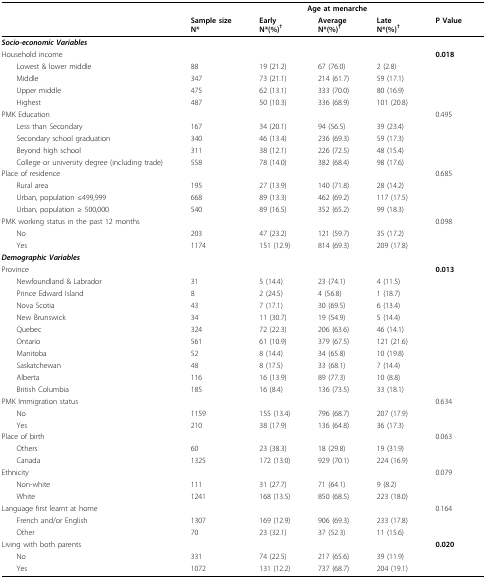
<table><thead><tr><td></td><td colspan="5"><b>Age at menarche</b></td></tr><tr><td></td><td><b>Sample sizeN*</b></td><td><b>EarlyN*(%)<sup>†</sup></b></td><td><b>AverageN*(%)<sup>†</sup></b></td><td><b>LateN*(%)<sup>†</sup></b></td><td><b>P Value</b></td></tr></thead><tbody><tr><td><b><i>Socio-economic Variables</i></b></td><td></td><td></td><td></td><td></td><td></td></tr><tr><td>Household income</td><td></td><td></td><td></td><td></td><td><b>0.018</b></td></tr><tr><td> Lowest &amp; lower middle</td><td>88</td><td>19 (21.2)</td><td>67 (76.0)</td><td>2 (2.8)</td><td></td></tr><tr><td> Middle</td><td>347</td><td>73 (21.1)</td><td>214 (61.7)</td><td>59 (17.1)</td><td></td></tr><tr><td> Upper middle</td><td>475</td><td>62 (13.1)</td><td>333 (70.0)</td><td>80 (16.9)</td><td></td></tr><tr><td> Highest</td><td>487</td><td>50 (10.3)</td><td>336 (68.9)</td><td>101 (20.8)</td><td></td></tr><tr><td>PMK Education</td><td></td><td></td><td></td><td></td><td>0.495</td></tr><tr><td> Less than Secondary</td><td>167</td><td>34 (20.1)</td><td>94 (56.5)</td><td>39 (23.4)</td><td></td></tr><tr><td> Secondary school graduation</td><td>340</td><td>46 (13.4)</td><td>236 (69.3)</td><td>59 (17.3)</td><td></td></tr><tr><td> Beyond high school</td><td>311</td><td>38 (12.1)</td><td>226 (72.5)</td><td>48 (15.4)</td><td></td></tr><tr><td> College or university degree (including trade)</td><td>558</td><td>78 (14.0)</td><td>382 (68.4)</td><td>98 (17.6)</td><td></td></tr><tr><td>Place of residence</td><td></td><td></td><td></td><td></td><td>0.685</td></tr><tr><td> Rural area</td><td>195</td><td>27 (13.9)</td><td>140 (71.8)</td><td>28 (14.2)</td><td></td></tr><tr><td> Urban, population ≤499,999</td><td>668</td><td>89 (13.3)</td><td>462 (69.2)</td><td>117 (17.5)</td><td></td></tr><tr><td> Urban, population ≥ 500,000</td><td>540</td><td>89 (16.5)</td><td>352 (65.2)</td><td>99 (18.3)</td><td></td></tr><tr><td>PMK working status in the past 12 months</td><td></td><td></td><td></td><td></td><td>0.098</td></tr><tr><td> No</td><td>203</td><td>47 (23.2)</td><td>121 (59.7)</td><td>35 (17.2)</td><td></td></tr><tr><td> Yes</td><td>1174</td><td>151 (12.9)</td><td>814 (69.3)</td><td>209 (17.8)</td><td></td></tr><tr><td><b><i>Demographic Variables</i></b></td><td></td><td></td><td></td><td></td><td></td></tr><tr><td>Province</td><td></td><td></td><td></td><td></td><td><b>0.013</b></td></tr><tr><td> Newfoundland &amp; Labrador</td><td>31</td><td>5 (14.4)</td><td>23 (74.1)</td><td>4 (11.5)</td><td></td></tr><tr><td> Prince Edward Island</td><td>8</td><td>2 (24.5)</td><td>4 (56.8)</td><td>1 (18.7)</td><td></td></tr><tr><td> Nova Scotia</td><td>43</td><td>7 (17.1)</td><td>30 (69.5)</td><td>6 (13.4)</td><td></td></tr><tr><td> New Brunswick</td><td>34</td><td>11 (30.7)</td><td>19 (54.9)</td><td>5 (14.4)</td><td></td></tr><tr><td> Quebec</td><td>324</td><td>72 (22.3)</td><td>206 (63.6)</td><td>46 (14.1)</td><td></td></tr><tr><td> Ontario</td><td>561</td><td>61 (10.9)</td><td>379 (67.5)</td><td>121 (21.6)</td><td></td></tr><tr><td> Manitoba</td><td>52</td><td>8 (14.4)</td><td>34 (65.8)</td><td>10 (19.8)</td><td></td></tr><tr><td> Saskatchewan</td><td>48</td><td>8 (17.5)</td><td>33 (68.1)</td><td>7 (14.4)</td><td></td></tr><tr><td> Alberta</td><td>116</td><td>16 (13.9)</td><td>89 (77.3)</td><td>10 (8.8)</td><td></td></tr><tr><td> British Columbia</td><td>185</td><td>16 (8.4)</td><td>136 (73.5)</td><td>33 (18.1)</td><td></td></tr><tr><td>PMK Immigration status</td><td></td><td></td><td></td><td></td><td>0.634</td></tr><tr><td> No</td><td>1159</td><td>155 (13.4)</td><td>796 (68.7)</td><td>207 (17.9)</td><td></td></tr><tr><td> Yes</td><td>210</td><td>38 (17.9)</td><td>136 (64.8)</td><td>36 (17.3)</td><td></td></tr><tr><td>Place of birth</td><td></td><td></td><td></td><td></td><td>0.063</td></tr><tr><td> Others</td><td>60</td><td>23 (38.3)</td><td>18 (29.8)</td><td>19 (31.9)</td><td></td></tr><tr><td> Canada</td><td>1325</td><td>172 (13.0)</td><td>929 (70.1)</td><td>224 (16.9)</td><td></td></tr><tr><td>Ethnicity</td><td></td><td></td><td></td><td></td><td>0.079</td></tr><tr><td> Non-white</td><td>111</td><td>31 (27.7)</td><td>71 (64.1)</td><td>9 (8.2)</td><td></td></tr><tr><td> White</td><td>1241</td><td>168 (13.5)</td><td>850 (68.5)</td><td>223 (18.0)</td><td></td></tr><tr><td>Language first learnt at home</td><td></td><td></td><td></td><td></td><td>0.164</td></tr><tr><td> French and/or English</td><td>1307</td><td>169 (12.9)</td><td>906 (69.3)</td><td>233 (17.8)</td><td></td></tr><tr><td> Other</td><td>70</td><td>23 (32.1)</td><td>37 (52.3)</td><td>11 (15.6)</td><td></td></tr><tr><td>Living with both parents</td><td></td><td></td><td></td><td></td><td><b>0.020</b></td></tr><tr><td> No</td><td>331</td><td>74 (22.5)</td><td>217 (65.6)</td><td>39 (11.9)</td><td></td></tr><tr><td> Yes</td><td>1072</td><td>131 (12.2)</td><td>737 (68.7)</td><td>204 (19.1)</td><td></td></tr></tbody></table>